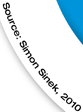
Source: Simon Sinek. 2010